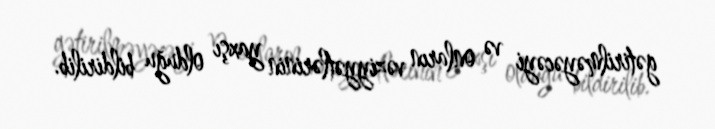
gətirilməyəcəyi və onların vəziyyətlərinin yaxşı olduğu bildirilib.